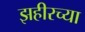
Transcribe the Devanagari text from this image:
झहीरच्या